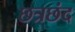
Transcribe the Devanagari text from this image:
छत्रछंद